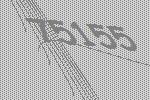
75155